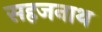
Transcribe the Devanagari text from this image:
सहजनाथ